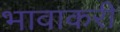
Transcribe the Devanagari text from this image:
भावाकरी